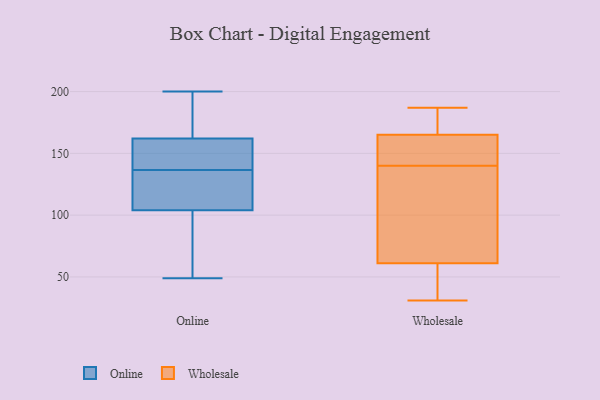
{"axis": {"x": "Budget (USD K)", "y": "Value"}, "legend": ["Online", "Wholesale"], "data": [{"x": "", "y": 104, "type": "Online"}, {"x": "", "y": 144, "type": "Online"}, {"x": "", "y": 135, "type": "Online"}, {"x": "", "y": 138, "type": "Online"}, {"x": "", "y": 200, "type": "Online"}, {"x": "", "y": 95, "type": "Online"}, {"x": "", "y": 49, "type": "Online"}, {"x": "", "y": 162, "type": "Online"}, {"x": "", "y": 167, "type": "Online"}, {"x": "", "y": 106, "type": "Online"}, {"x": "", "y": 148, "type": "Wholesale"}, {"x": "", "y": 142, "type": "Wholesale"}, {"x": "", "y": 147, "type": "Wholesale"}, {"x": "", "y": 47, "type": "Wholesale"}, {"x": "", "y": 182, "type": "Wholesale"}, {"x": "", "y": 69, "type": "Wholesale"}, {"x": "", "y": 31, "type": "Wholesale"}, {"x": "", "y": 187, "type": "Wholesale"}, {"x": "", "y": 138, "type": "Wholesale"}, {"x": "", "y": 184, "type": "Wholesale"}, {"x": "", "y": 96, "type": "Wholesale"}, {"x": "", "y": 53, "type": "Wholesale"}]}